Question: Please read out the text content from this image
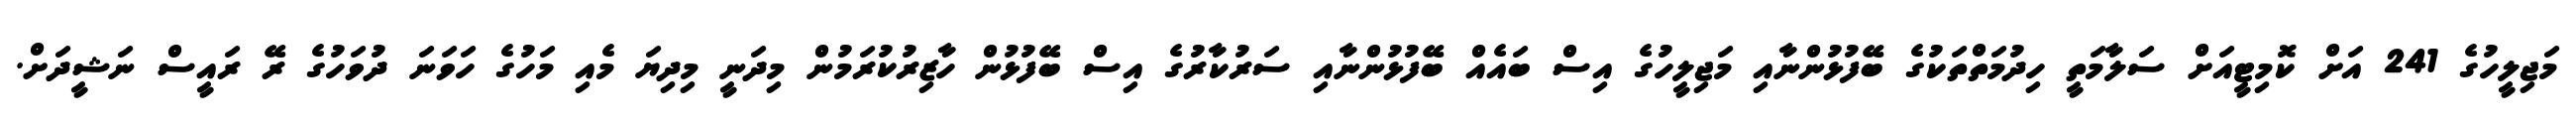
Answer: މަޖިލީހުގެ 241 އަށް ކޮމިޓީއަށް ސަލާމަތީ ހިދުމަތްތަކުގެ ބޭފުޅުންނާއި މަޖިލީހުގެ އިސް ބައެއް ބޭފުޅުންނާއި ސަރުކާރުގެ އިސް ބޭފުޅުން ހާޒިރުކުރަމުން މިދަނީ މިދިޔަ މެއި މަހުގެ ހަވަނަ ދުވަހުގެ ރޭ ރައީސް ނަޝީދަށް.